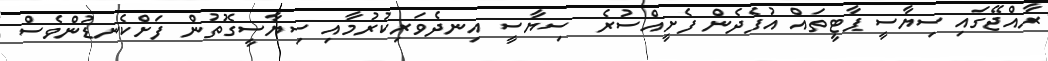
ރާއްޖޭގައި ސިޔާސީ ޕާޓީތައް އުފެދެން ފެށީއްސުރެ  ސިޔާސީ އިނދެވަރިކުރުމާއި ސިޔާސީގޮތުން ފަށްކެނޑުންވެސް